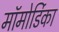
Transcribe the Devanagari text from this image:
मॉमोर्डिका